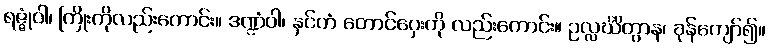
ရဇ္ဇုံဝါ၊ ကြိုးကိုလည်းကောင်း။ ဒဏ္ဍံဝါ၊ နှင်တံ တောင်ဝှေးကို လည်းကောင်း။ ဥလ္လင်္ဃိတွာန၊ ခုန်ကျော်၍။